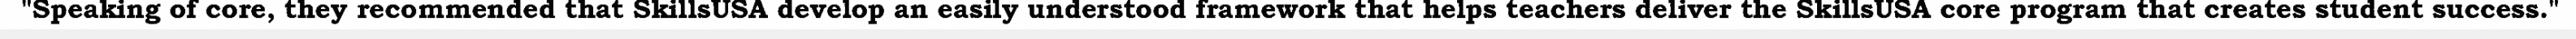
"Speaking of core, they recommended that SkillsUSA develop an easily understood framework that helps teachers deliver the SkillsUSA core program that creates student success."